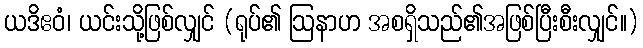
ယဒိဧဝံ၊ ယင်းသို့ဖြစ်လျှင် (ရုပ်၏ ဩနာဟ အစရှိသည်၏အဖြစ်ပြီးစီးလျှင်။)